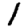
Digit: 1